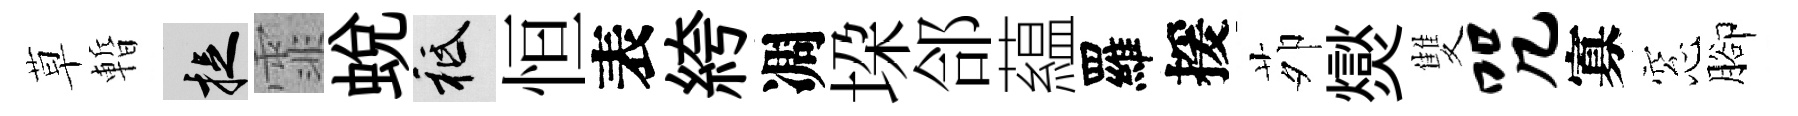
草暫捉霏蜕祇恒表絝凋垜郃藴羅援茆爕雙咒寡窓腳